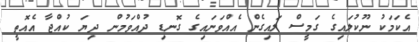
އެކަމަކު ނޫކުލައިގެ ގަމީސް ލައިގެން އެއްވަނައިގެ ގޮނޑި ދުއްވަމުން ދިޔަ ކުއްޖާ އެއޮތީ